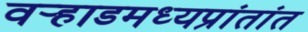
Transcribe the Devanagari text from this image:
वर्‍हाडमध्यप्रांतांत